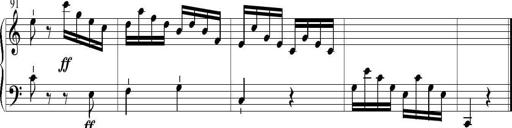
Title: 6 Leichte Sonatinen, Teil 1
Composer: F. Sigismund Sander